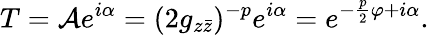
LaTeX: T=\mathcal{A}e^{i\alpha}=(2g_{z\bar{z}})^{-p}e^{i\alpha}=e^{-\frac{p}{2}\varphi+i\alpha}.